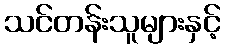
သင်တန်းသူများနှင့်